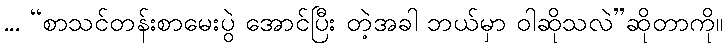
... “စာသင်တန်းစာမေးပွဲ အောင်ပြီး တဲ့အခါ ဘယ်မှာ ဝါဆိုသလဲ”ဆိုတာကို။